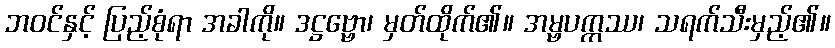
ဘဝင်နှင့် ပြည့်စုံရာ အခါကို။ ဒဋ္ဌဗ္ဗော၊ မှတ်ထိုက်၏။ အမ္ဗပက္ကဿ၊ သရက်သီးမှည့်၏။